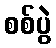
စစ်ပွဲ